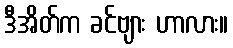
ဒီအိတ်က ခင်ဗျား ဟာလား။